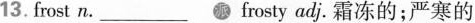
13.frost n. ____ frosty adj. 霜冻的;严寒的